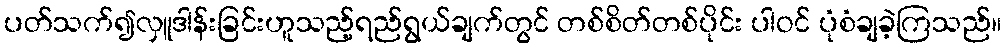
ပတ်သက်၍လှူဒါန်းခြင်းဟူသည့်ရည်ရွယ်ချက်တွင် တစ်စိတ်တစ်ပိုင်း ပါဝင် ပုံစံချခဲ့ကြသည်။